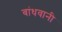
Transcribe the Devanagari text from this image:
बांधवानी